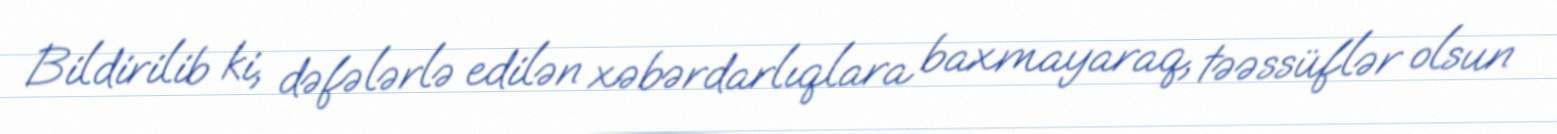
Bildirilib ki, dəfələrlə edilən xəbərdarlıqlara baxmayaraq, təəssüflər olsun